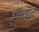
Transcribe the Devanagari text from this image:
इफ्लुएंट